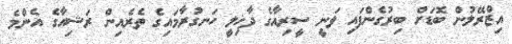
އިޒްރޭލުން ބޮޑަށް ބިރުގެންފައި ވަނީ ސީރިއާގެ ދާޚިލީ ހަނގުރާމައިގެ ތެރެއިން ރަޝިއާގެ އެންމެ